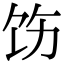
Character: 饬